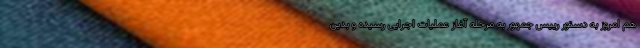
هم امروز به دستور رییس جمهور به مرحله آغاز عملیات اجرایی رسیده و بدین